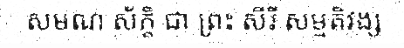
សមណ ស័ក្តិ ជា ព្រះ សីរី សម្មតិវង្ស